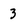
Character: 3